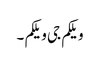
ویلکم جی ویلکم ۔